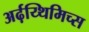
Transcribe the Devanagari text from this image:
अर्ढ़य्थिमिच्स